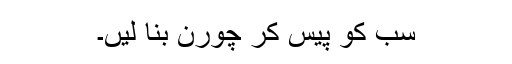
سب کو پیس کر چورن بنا لیں۔